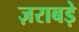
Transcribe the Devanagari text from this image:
ज़राबड़े